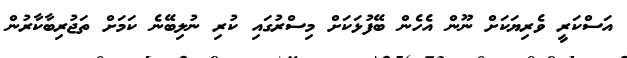
އަސްކަރީ ވެރިޔަކަށް ނޫން އެހެން ބޭފުޅަކަށް މިސްރުގައި ކުރި ނުލިބޭނެ ކަމަށް ތަޖުރިބާކާރުން